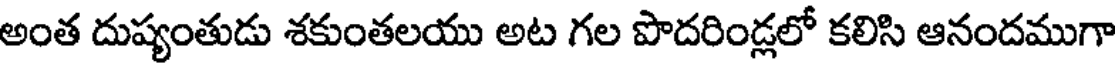
అంత దుష్యంతుడు శకుంతలయు అట గల పొదరిండ్లలో కలిసి ఆనందముగా